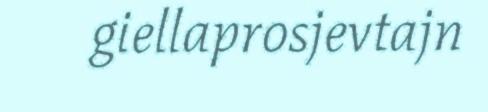
giellaprosjevtajn